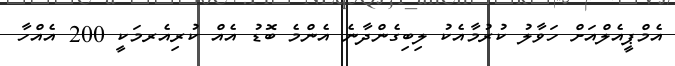
އެމްޕީއެލްއަށް ހަވާލު ކުރުމާއެކު ލިބިގެންދާނެ އެންމެ ބޮޑު އެއް ކުރިއެރމަކީ 200 އެއްހާ